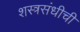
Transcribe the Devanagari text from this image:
शस्त्रसंधीची